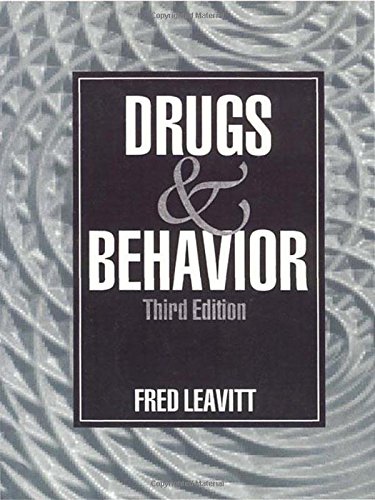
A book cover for Drugs and Behavior; Fred Leavitt; Medical Books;